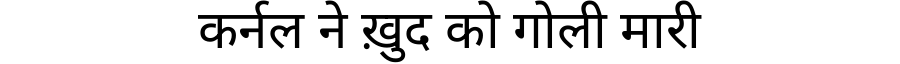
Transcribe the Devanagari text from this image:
कर्नल ने ख़ुद को गोली मारी